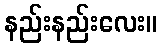
နည်းနည်းလေး။